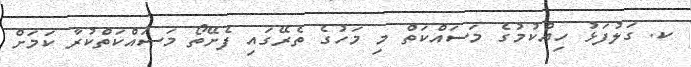
ކ. ގަލުފަޅު ހިއްކުމުގެ މަސައްކަތް މި މަހުގެ ތެރޭގައި ފެށޭތޯ މަސައްކަތްކުރާ ކަމަށް